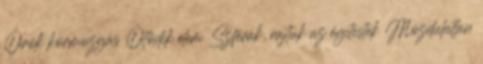
Örök körmozgás Ötödik elem Szférák, rajtuk az égitestek Mozdulatlan